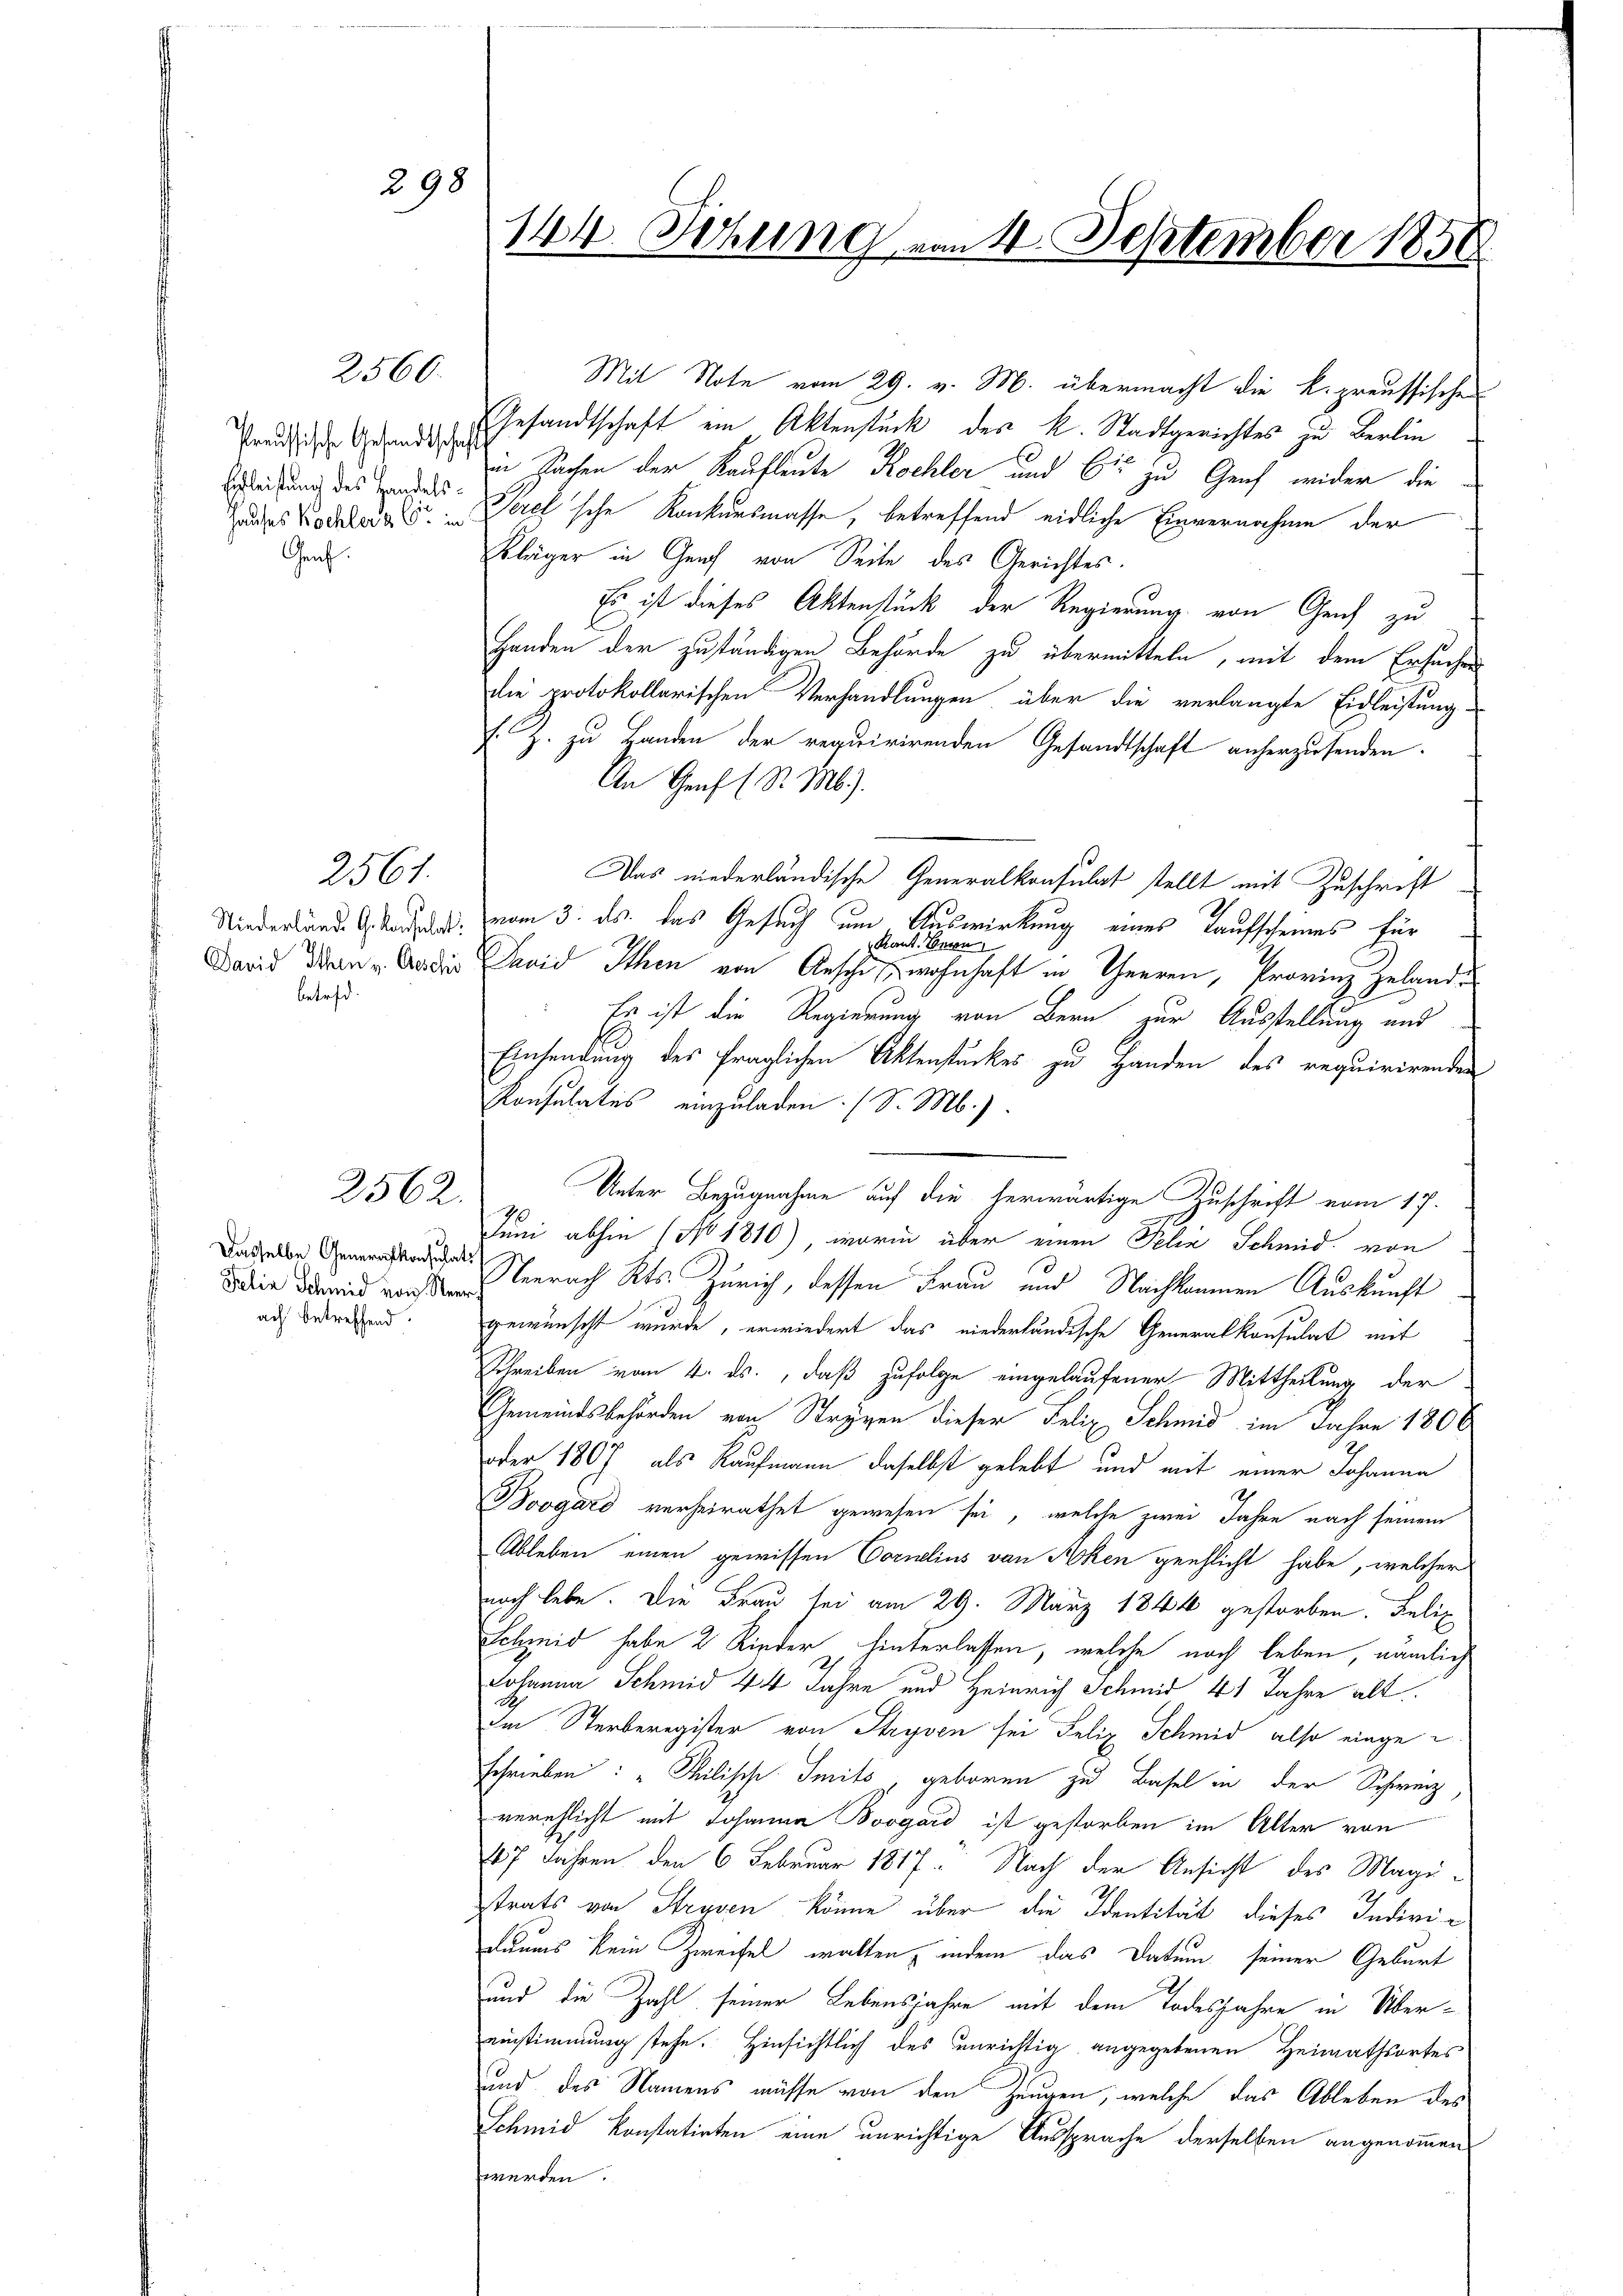
2560.

Preussische Gesandtschaft
Erfleistung des Handels¬
Genf.

betreff

2561.

2562.

Dasselbe Generalkonsulats
Felia Schmid von Neer
ach betreffend.

144. Setzung von 4. September 1858

298

Gesandtschaft ein Aktenstück des k. Stadtgerichtes zu Berlin
in Sachen der Kaufleute Kochler und 6te zu Genf wider die
Hauses Kochler als Verel’sche Konkursmasse, betreffend eidliche Einvernahme der
Kläger in Genf von Seite des Gerichtes.
Es ist dieses Aktenstück der Regierung von Genf zu
Handen der zuständigen Behörde zu übermitteln, mit dem Ersuchen
die protokollarischen Verhandlungen über die verlangte Eidleistung
. Z. zu Handen der requirirenden Gesandtschaft anherzusenden.
An Genf (R. M.).
Das niederländische Generalkonsulat stellt mit Zuschrift
Niederlände anden, vom 3. ds. das Gesuch um Auswirkung eines Taufscheines für
Kant. Herrn
David Dein Baden Jaid Ithen von Anschen wohnhaft in Theeren, Provinz Zulande
Es ist die Regierung von Bern zur Ausstellung und
Einsendung des fraglichen Aktenstückes zu Handen des requirirenden
Konsulates einzuladen. (S. M.)
Unter Bezugnahme auf die herwärtige Zuschrift vom 17.
Juni abhin (No 1810), worin über einen Felix Schmid von
Neerach Kts. Zürich, dessen Frau und Nachkommen Auskunft
gewünscht wurde, erwiedert das niederländische Generalkonsulat mit
Schreiben vom 4. ds., daß zufolge eingelaufener Mittheilung der
Gemeindsbehörden von Strygen dieser Felix Schmid im Jahre 1806
oder 1807 als Kaufmann daselbst gelebt und mit einer Johanne
Boogard verheirathet gewesen sei, welche zwei Jahre nach seinem
Ableben einen gewissen Cornelius von Aken geschlicht habe, welcher
noch lebe. Die Frau sei am 29. März 1844 gestorben. Felix
Scheid habe 2 Rieder hinterlassen, welche noch leben, nämlich
Johanna Schmid 44 Jahre und Heinrich Schmid 41 Jahre alt
Im Sterberegister von Stryven sei Felix Schmid, also eingeschrieben: „Chilische Smits geboren zu Basel in der Schweiz
verschlicht mit Johanna Boogard ist gestorben im Alter von
127 Jahren den 6 Februar 1817. Nach der Ansicht des Magistrats von Strusen könne über die Identität dieses Indivi-
daus kein Zweifel walten, indem das Datum seiner Geburt
und die Zahl seiner Lebensjahre mit dem Todesjahre in Übereinstimmung stehe. Hinsichtlich des unrichtig angegebenen Heimathsortes
und des Namens müsse von den Zeugen, welche das Ableben des
Schmid konstatirten eine unrichtige Aussprache derselben angenommen
werden.

Mit Note vom 29. v. M. übermacht die k. preussischen